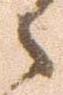
々